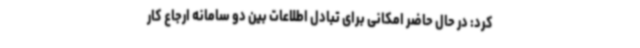
کرد: در حال حاضر امکانی برای تبادل اطلاعات بین دو سامانه ارجاع کار